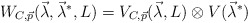
\begin{align*} W_{C, \vec{p}}(\vec{\lambda}, \vec{\lambda}^*, L) = V_{C, \vec{p}}(\vec{\lambda}, L) \otimes V(\vec{\lambda}^*)\\\end{align*}